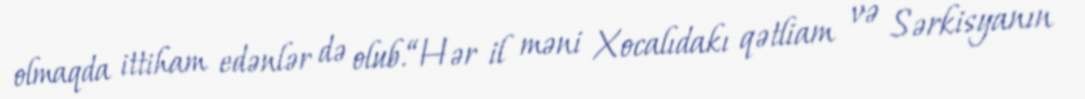
olmaqda ittiham edənlər də olub.“Hər il məni Xocalıdakı qətliam və Sərkisyanın